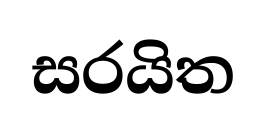
සරයිත